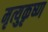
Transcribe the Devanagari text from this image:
मृत्युकृष्ण